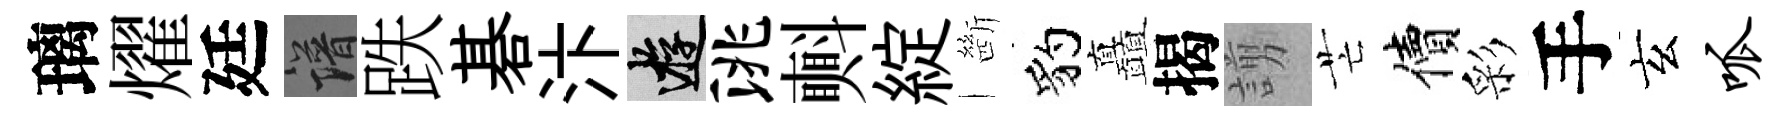
璃燿廷譜跌碁汴游洮㪺綻㫁豹矗揭謭芒價彩手玄呱